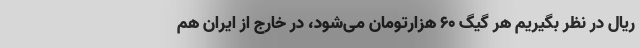
ریال در نظر بگیریم هر گیگ ۶۰ هزارتومان می‌شود، در خارج از ایران هم